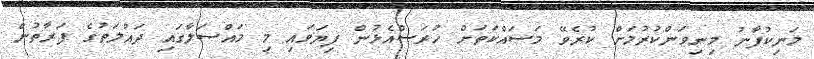
މަނިކުފާނު މިނިވަންކުރުމަށް ކުރެވޭ މަަސައްކަތަށް ހުރަސްއެޅުން ފިޔަވައި މި މައްސަލާގައި ދައުލަތުގެ ފަރާތުން